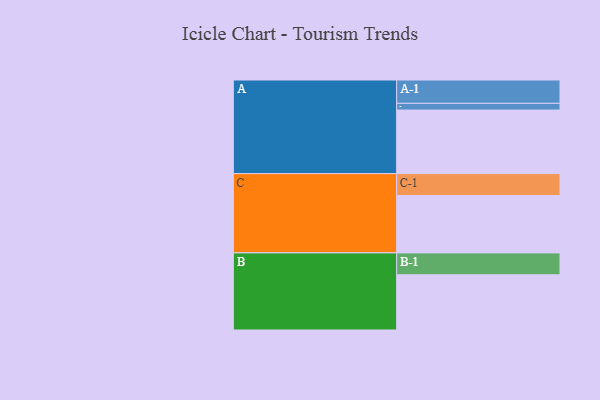
{"axis": {"x": "Segment", "y": "Value"}, "legend": ["", "A", "B", "C"], "data": [{"x": "A", "y": 520, "type": ""}, {"x": "B", "y": 452, "type": ""}, {"x": "C", "y": 470, "type": ""}, {"x": "A-1", "y": 191, "type": "A"}, {"x": "A-2", "y": 55, "type": "A"}, {"x": "B-1", "y": 179, "type": "B"}, {"x": "C-1", "y": 179, "type": "C"}]}